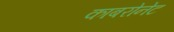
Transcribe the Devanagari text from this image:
काबरोनेट